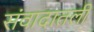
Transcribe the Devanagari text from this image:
संवादातली